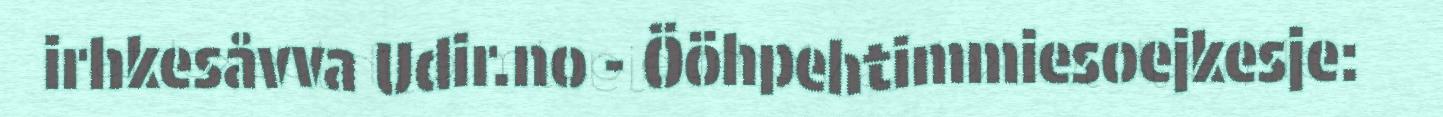
irhkesåvva Udir.no - Ööhpehtimmiesoejkesje: